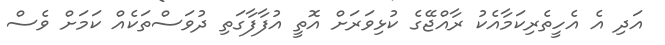
އަދި އެ އެހީތެރިކަމާއެކު ރާއްޖޭގެ ކުޅިވަރަށް އޮތީ އުފާފާގަތި ދުވަސްތަކެއް ކަމަށް ވެސް